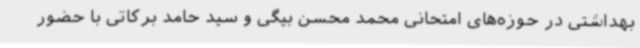
بهداشتی در حوزه‌های امتحانی محمد محسن بیگی و سید حامد برکاتی با حضور